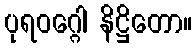
ပုရဝဂ္ဂေါ နိဋ္ဌိတော။